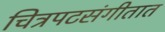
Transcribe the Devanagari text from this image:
चित्रपटसंगीतात